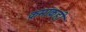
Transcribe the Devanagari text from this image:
क्रमांकही